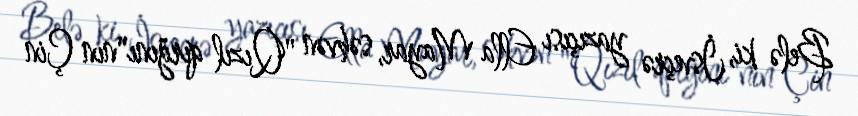
Belə ki, İsveçrə yazıçısı Ella Mayar, səhvən "Qızıl qırğını"nın Çin